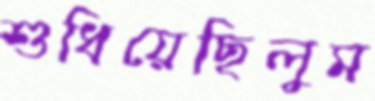
শুধিয়েছিলুম